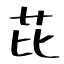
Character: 芘